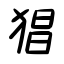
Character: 猖